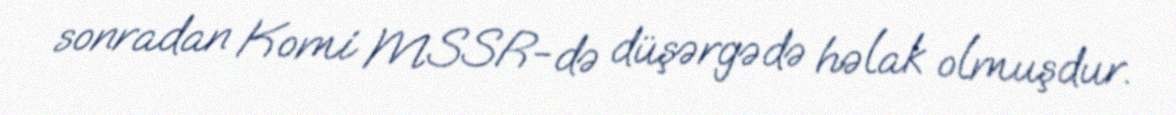
sonradan Komi MSSR-də düşərgədə həlak olmuşdur.